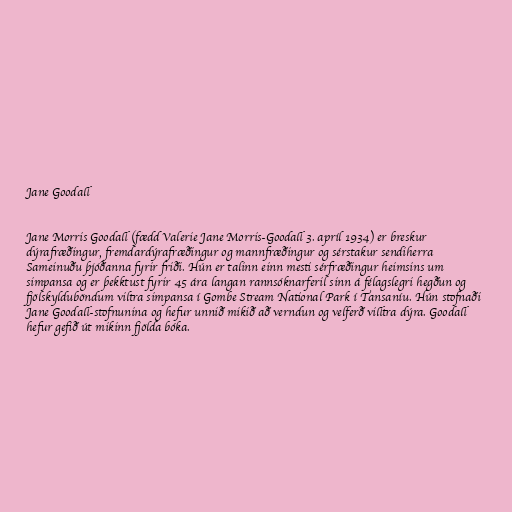
Jane Goodall

Jane Morris Goodall (fædd Valerie Jane Morris-Goodall 3. apríl 1934) er breskur
dýrafræðingur, fremdardýrafræðingur og mannfræðingur og sérstakur sendiherra
Sameinuðu þjóðanna fyrir friði. Hún er talinn einn mesti sérfræðingur heimsins um
simpansa og er þekktust fyrir 45 ára langan rannsóknarferil sinn á félagslegri hegðun og
fjölskylduböndum viltra simpansa í Gombe Stream National Park í Tansaníu. Hún stofnaði
Jane Goodall-stofnunina og hefur unnið mikið að verndun og velferð villtra dýra. Goodall
hefur gefið út mikinn fjölda bóka.